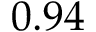
0 . 9 4